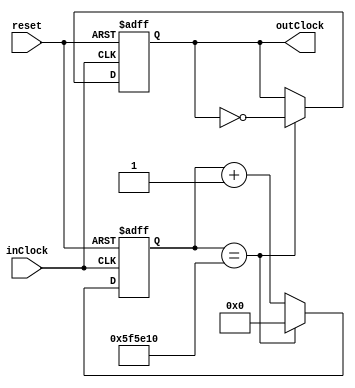
module Clock_divider(
	input inClock,
	output reg outClock,
	input reset
);
	
	parameter IN_CLOCK  = 50000000; // 50 MHz
	parameter OUT_CLOCK = 4; 		// 4 Hz; to have 0.25s pulses

	parameter COUNT_MAX   = (IN_CLOCK / OUT_CLOCK)/2;  // Half period
	parameter CLOCK_WIDTH = $clog2(IN_CLOCK / OUT_CLOCK); 
	
	
	reg [CLOCK_WIDTH:0] counter;
	
	
	always @(posedge inClock, posedge reset)
		if(reset) begin
			counter <= 0;
			outClock <= 0;
		end
		else begin
			if(counter == COUNT_MAX) begin
				outClock = ~outClock;
				counter <= 0;
			end
			else 
				counter <= counter + 1;
		end

endmodule